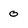
Character: 0